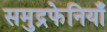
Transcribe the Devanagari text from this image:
समुद्रफेनियाँ